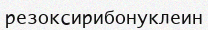
резоксирибонуклеин